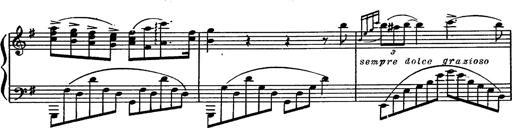
Title: Magyar rapszÃ³diÃ¡k
Composer: Franz Liszt